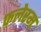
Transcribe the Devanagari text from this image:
फलेरम